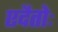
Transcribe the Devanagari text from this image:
एदैतोः